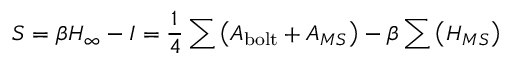
S = \beta H _ { \infty } - I = \frac { 1 } { 4 } \sum \left( \cal { A } _ { \mathrm { b o l t } } + \cal { A } _ { { M S } } \right) - \beta \sum \left( H _ { { M S } } \right)